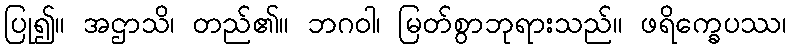
ပြု၍။ အဌာသိ၊ တည်၏။ ဘဂဝါ၊ မြတ်စွာဘုရားသည်။ ဖရိက္ခေပဿ၊